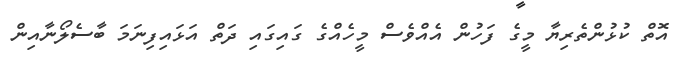
އޮތް ކުޅުންތެރިޔާ މީގެ ފަހުން އެއްވެސް މީހެއްގެ ގައިގައި ދަތް އަޅައިފިނަމަ ބާސެލޯނާއިން